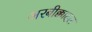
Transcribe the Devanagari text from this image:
अरबीक्कादल